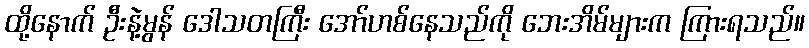
ထို့နောက် ဦးနဲ့မွန် ဒေါသတကြီး အော်ဟစ်နေသည်ကို ဘေးအိမ်များက ကြားရသည်။